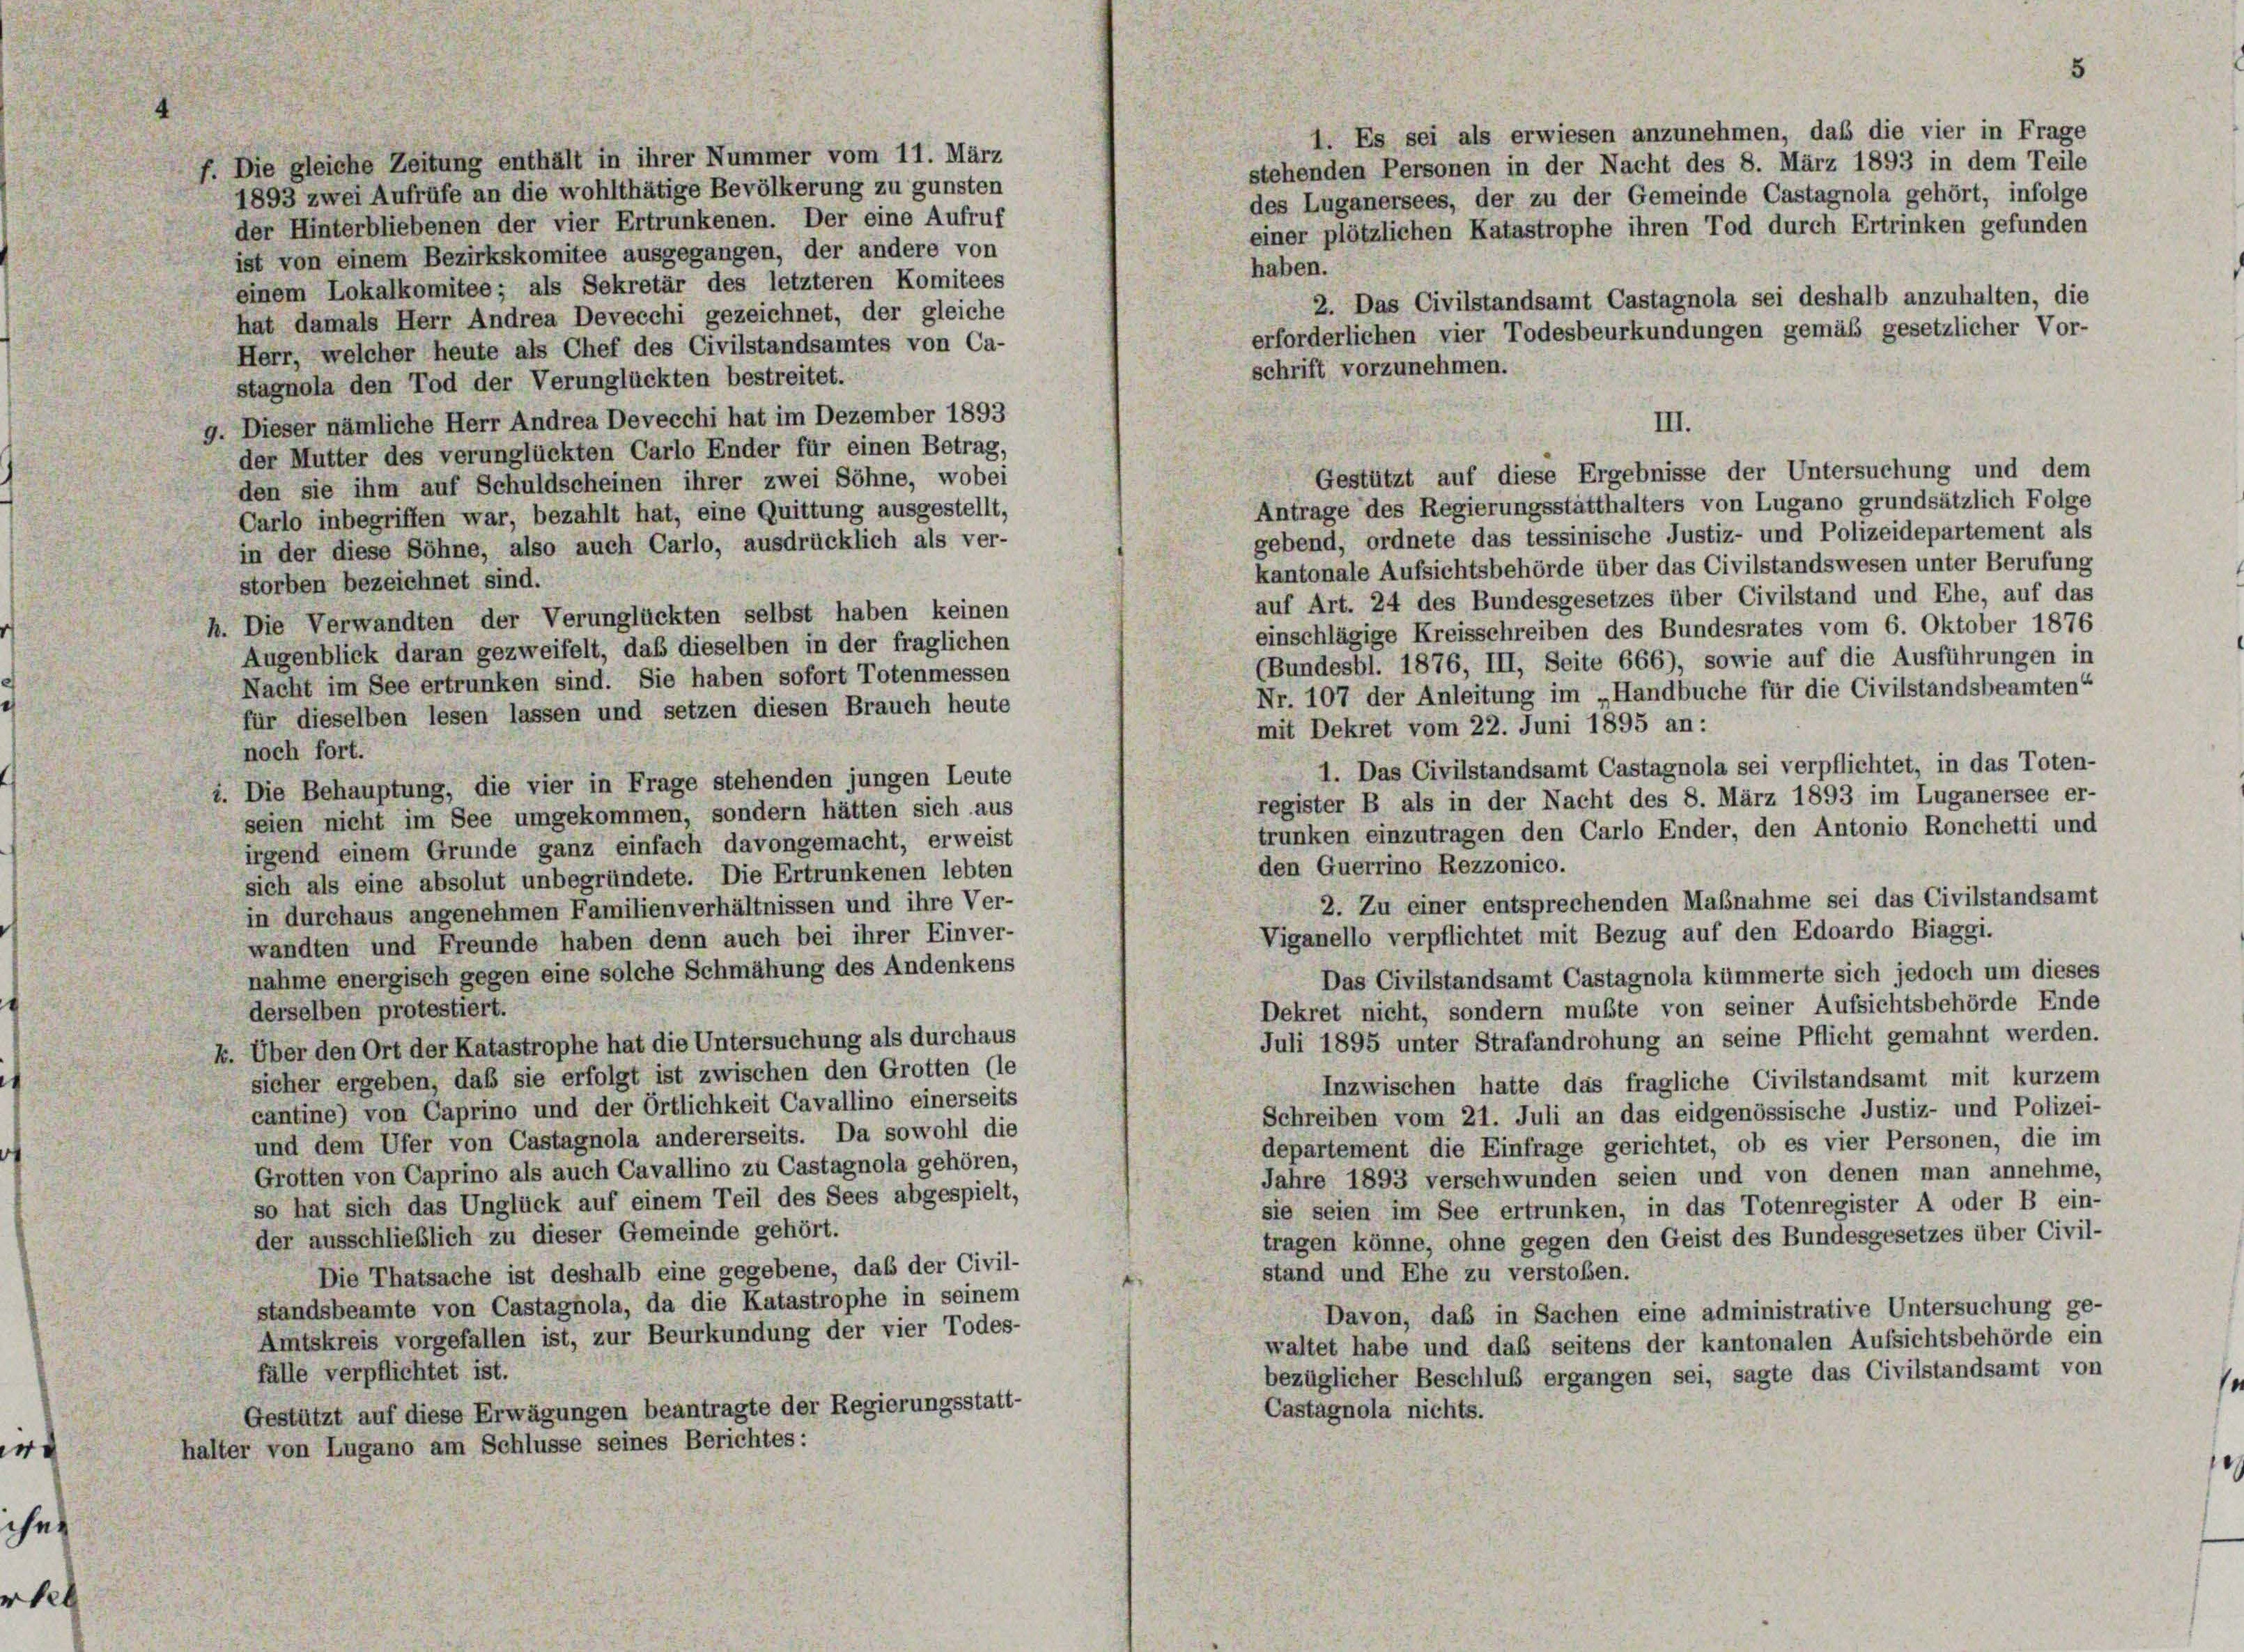
1. Es sei als erwiesen anzunehmen, daß die vier in Frage
f. Die gleiche Zeitung enthält in ihrer Nummer vom 11. März
stehenden Personen in der Nacht des 8. März 1893 in dem Teile
1893 zwei Aufrüfe an die wohlthätige Bevölkerung zu gunsten
des Luganersees, der zu der Gemeinde Castagnola gehört, infolge
der Hinterbliebenen der vier Ertrunkenen. Der eine Aufruf
einer plötzlichen Katastrophe ihren Tod durch Ertrinken gefunden
ist von einem Bezirkskomitee ausgegangen, der andere von
haben.
einem Lokalkomitee; als Sekretär des letzteren Komitees
2. Das Civilstandsamt Castagnola sei deshalb anzuhalten, die
hat damals Herr Andrea Devecchi gezeichnet, der gleiche
erforderlichen vier Todesbeurkundungen gemäß gesetzlicher Vor-
Herr, welcher heute als Chef des Civilstandsamtes von Ca-
schrift vorzunehmen.
stagnola den Tod der Verunglückten bestreitet.
g. Dieser nämliche Herr Andrea Devecchi hat im Dezember 1893
der Mutter des verunglückten Carlo Ender für einen Betrag,
den sie ihm auf Schuldscheinen ihrer zwei Söhne, wobei
Antrage des Regierungsstatthalters von Lugano grundsätzlich Folge
Carlo inbegriffen war, bezahlt hat, eine Quittung ausgestellt,
gebend, ordnete das tessinische Justiz- und Polizeidepartement als
in der diese Söhne, also auch Carlo, ausdrücklich als ver-
kantonale Aufsichtsbehörde über das Civilstandswesen unter Berufung
storben bezeichnet sind.
auf Art. 24 des Bundesgesetzes über Civilstand und Ehe, auf das
h. Die Verwandten der Verunglückten selbst haben keinen
einschlägige Kreisschreiben des Bundesrates vom 6. Oktober 1876
Augenblick daran gezweifelt, daß dieselben in der fraglichen
(Bundesbl. 1876, III, Seite 666), sowie auf die Ausführungen in
Nacht im See ertrunken sind. Sie haben sofort Totenmessen
Nr. 107 der Anleitung im „Handbuche für die Civilstandsbeamten“
für dieselben lesen lassen und setzen diesen Brauch heute
mit Dekret vom 22. Juni 1895 an:
noch fort.
1. Das Civilstandsamt Castagnola sei verpflichtet, in das Toten-
i. Die Behauptung, die vier in Frage stehenden jungen Leute
register B als in der Nacht des 8. März 1893 im Luganersee er-
seien nicht im See umgekommen, sondern hätten sich aus
trunken einzutragen den Carlo Ender, den Antonio Ronchetti und
irgend einem Grunde ganz einfach davongemacht, erweist
den Querrino Rezzonico.
sich als eine absolut unbegründete. Die Ertrunkenen lebten
2. Zu einer entsprechenden Maßnahme sei das Civilstandsamt
in durchaus angenehmen Familienverhältnissen und ihre Ver-
Viganello verpflichtet mit Bezug auf den Edoardo Biaggi,
wandten und Freunde haben denn auch bei ihrer Einver-
nahme energisch gegen eine solche Schmähung des Andenkens
Das Civilstandsamt Castagnola kümmerte sich jedoch um dieses
Dekret nicht, sondern mußte von seiner Aufsichtsbehörde Ende
derselben protestiert.
Juli 1895 unter Strafandrohung an seine Pflicht gemahnt werden.
k. Über den Ort der Katastrophe hat die Untersuchung als durchaus
sicher ergeben, daß sie erfolgt ist zwischen den Grotten (le
Inzwischen hatte das fragliche Civilstandsamt mit kurzem
cantine) von Caprino und der Örtlichkeit Cavallino einerseits
Schreiben vom 21. Juli an das eidgenössische Justiz- und Polizei-
und dem Ufer von Castagnola andererseits. Da sowohl die
departement die Einfrage gerichtet, ob es vier Personen, die im
Grotten von Caprino als auch Cavallino zu Castagnola gehören,
Jahre 1893 verschwunden seien und von denen man annehme,
so hat sich das Unglück auf einem Teil des Sees abgespielt,
sie seien im See ertrunken, in das Totenregister A oder B ein-
der ausschließlich zu dieser Gemeinde gehört.
tragen könne, ohne gegen den Geist des Bundesgesetzes über Civil-
Die Thatsache ist deshalb eine gegebene, daß der Civil-
stand und Ehe zu verstoßen.
standsbeamte von Castagnola, da die Katastrophe in seinem
Davon, daß in Sachen eine administrative Untersuchung ge-
Amtskreis vorgefallen ist, zur Beurkundung der vier Todes-
waltet habe und daß seitens der kantonalen Aufsichtsbehörde ein
fälle verpflichtet ist.
bezüglicher Beschluß ergangen sei, sagte das Civilstandsamt von
Castagnola nichts.
Gestützt auf diese Erwägungen beantragte der Regierungsstatt-
halter von Lugano am Schlüsse seines Berichtes:
e
hez
rheb

III.
Gestützt auf diese Ergebnisse der Untersuchung und dem

5